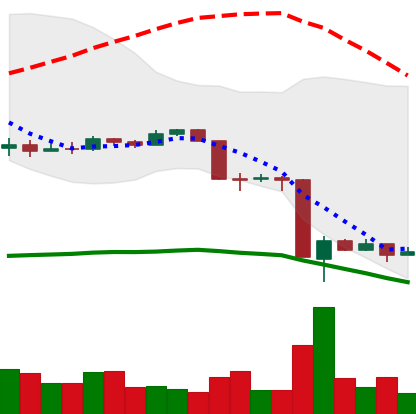
Ticker: EOS-USD
Chart end date: 2020-03-17
Forward return: 10.522%
Label: up_7plus